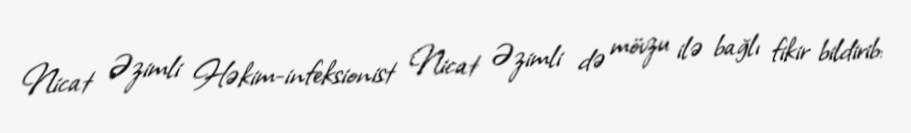
Nicat Əzimli Həkim-infeksionist Nicat Əzimli də mövzu ilə bağlı fikir bildirib: